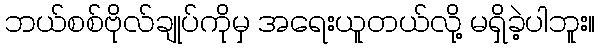
ဘယ်စစ်ဗိုလ်ချုပ်ကိုမှ အရေးယူတယ်လို့ မရှိခဲ့ပါဘူး။